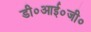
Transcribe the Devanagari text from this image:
डी०आई०जी०